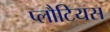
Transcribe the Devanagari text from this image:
प्लौटियस